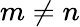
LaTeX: m\not=n